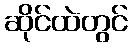
ဆိုင်ထဲတွင်